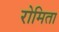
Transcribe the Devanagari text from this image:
रोमिता